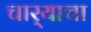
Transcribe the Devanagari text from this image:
चार्‍याचा